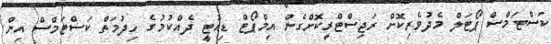
ކަސްޓަމްސް ޕޯޓަލް މެދުވެރިކޮށް ރަޖިސްޓްރީކޮށްގެން އިމްޕޯޓް ޑިއުޓީ ދެއްކުމުގެ ހިދުމަތް ކަސްޓަމްސް އިން